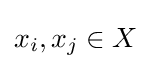
x_{i},x_{j}\in X